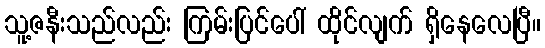
သူ့ဇနီးသည်လည်း ကြမ်းပြင်ပေါ် ထိုင်လျက် ရှိနေလေပြီ။